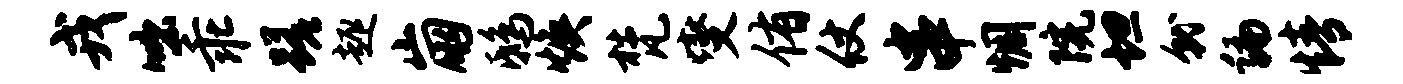
戎咄乖蹉趣崩鸱焕梵燮侑仗串惆院坦就编情